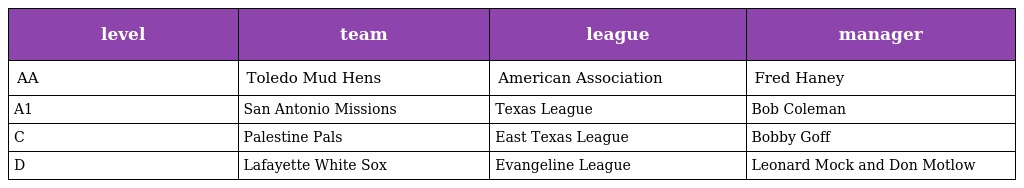
| level | team | league | manager |
 | --- | --- | --- | --- |
 | AA | Toledo Mud Hens | American Association | Fred Haney |
 | A1 | San Antonio Missions | Texas League | Bob Coleman |
 | C | Palestine Pals | East Texas League | Bobby Goff |
 | D | Lafayette White Sox | Evangeline League | Leonard Mock and Don Motlow |